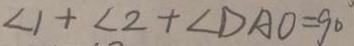
\angle 1 + \angle 2 + \angle D A O = 9 0 ^ { \circ }